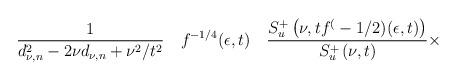
LaTeX: \begin{align*}\frac1{d_{\nu,n}^2 - 2 \nu d_{\nu,n} + \nu^2 / t^2 } \quad f^{-1/4} (\epsilon,t) \quad\frac{S_u^+ \left( \nu,t f^(-1/2) (\epsilon,t) \right)}{S_u^+ \left( \nu,t \right)} \times\end{align*}